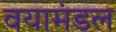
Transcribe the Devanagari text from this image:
वयामंडल